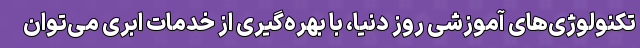
تکنولوژی‌های آموزشیِ روز دنیا، با بهره‌گیری از خدمات ابری می‌توان